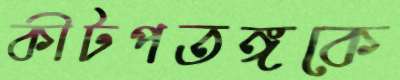
কীটপতঙ্গকে